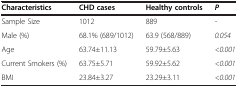
| Characteristics | CHD cases | Healthy controls | P |
 | --- | --- | --- | --- |
 | Sample Size | 1012 | 889 | - |
 | Male (%) | 68.1% (689/1012) | 63.9 (568/889) | 0.054 |
 | Age | 63.74±11.13 | 59.79±5.63 | <0.001 |
 | Current Smokers (%) | 63.75±5.71 | 59.92±5.62 | <0.001 |
 | BMI | 23.84±3.27 | 23.29±3.11 | <0.001 |